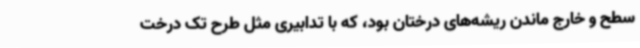
سطح و خارج ماندن ریشه‌های درختان بود، که با تدابیری مثل طرح تک درخت